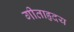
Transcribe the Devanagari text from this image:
गीताहृदय